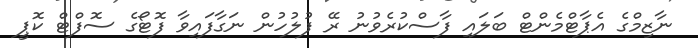
ނާޒިމްގެ އެޕާޓްމެންޓް ބަލައި ފާސްކުރެވުނު ރޭ ފުލުހުން ނަގާފައިވާ ފޮޓޯގެ ސޮފްޓް ކޮޕީ